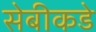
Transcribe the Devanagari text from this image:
सेबीकडे